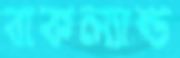
বাকল্যান্ড